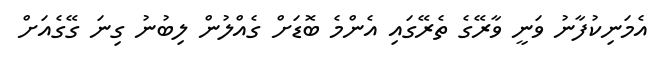
އެމަނިކުފާނު ވަނީ ވާރޭގެ ތެރޭގައި އެންމެ ބޮޑަށް ގެއްލުން ލިބުނު ގިނަ ގޭގެއަށް